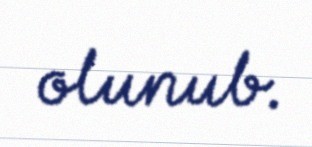
olunub.